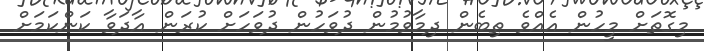
މިގޮތަށް މީހުން އެއްވެ ތިބެން ދިމާވުމުން ދުވަހުން ދުވަހަށް ކުރަން އާދަވާ ކަންކަމަށް